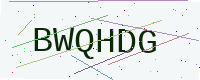
Text: BWQHDG